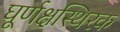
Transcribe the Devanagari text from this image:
घूर्णक्षस्थिरक